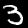
Digit: 3